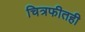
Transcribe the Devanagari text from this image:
चित्रफीतही